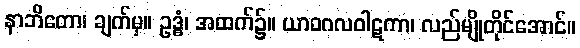
နာဘိတော၊ ချက်မှ။ ဥဒ္ဓံ၊ အထက်၌။ ယာဝဂလဝါဋကာ၊ လည်မျိုတိုင်အောင်။